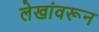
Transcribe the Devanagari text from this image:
लेखांवरून